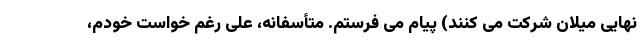
نهایی میلان شرکت می کنند) پیام می فرستم. متأسفانه، علی رغم خواست خودم،